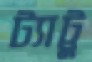
ট্যাট্টু